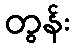
တွန်း